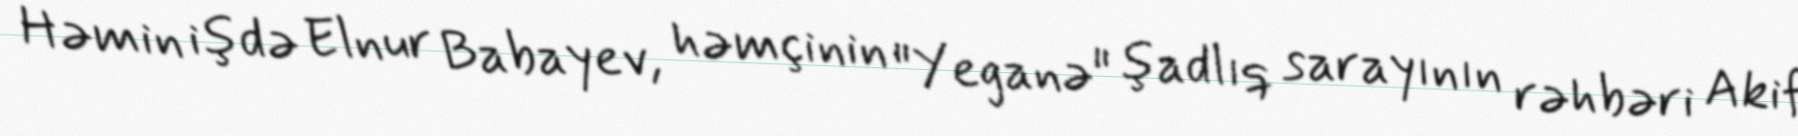
Həmin işdə Elnur Babayev, həmçinin "Yeganə" şadlıq sarayının rəhbəri Akif